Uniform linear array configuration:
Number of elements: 64
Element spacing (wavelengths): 0.5
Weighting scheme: uniform
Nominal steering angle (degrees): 0
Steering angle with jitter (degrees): -1.034
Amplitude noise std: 0.05
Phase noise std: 0.05

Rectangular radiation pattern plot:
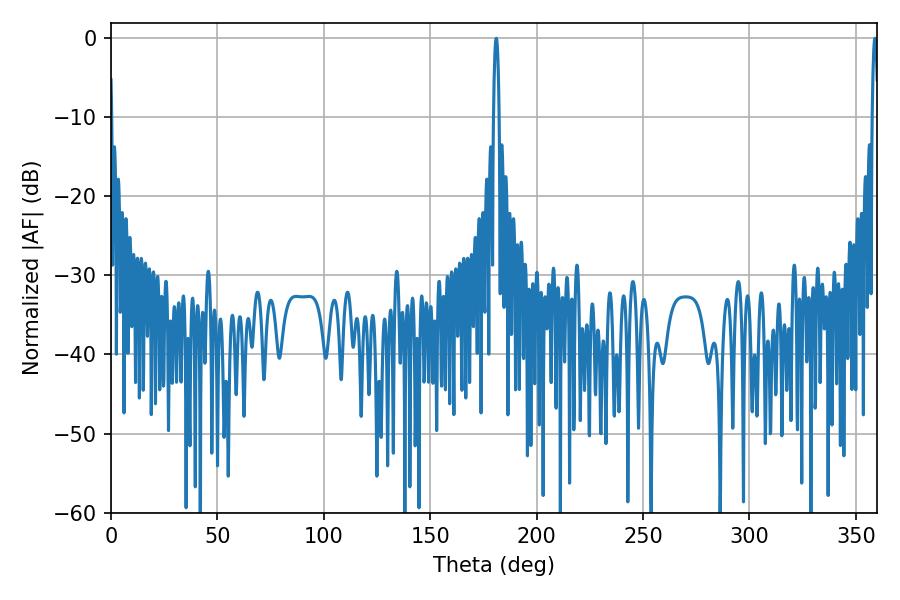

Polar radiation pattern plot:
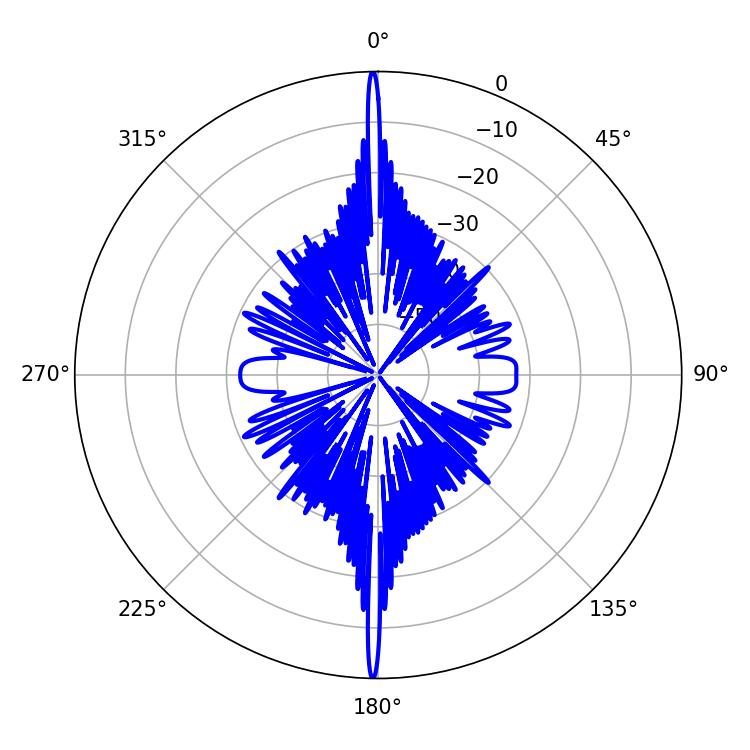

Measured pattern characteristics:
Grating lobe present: FALSE
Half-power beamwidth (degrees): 1.44
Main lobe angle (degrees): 358.92